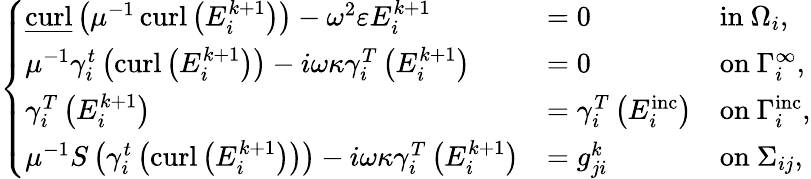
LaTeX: \begin{array}{r}{\left\{ \begin{array}{lll}{\underline{{\operatorname{curl}}}\left(\mu^{-1}\operatorname{curl}\left(E_{i}^{k+1}\right)\right)-\omega^{2}\varepsilon E_{i}^{k+1}}&{=0}&{\mathrm{in}\ \Omega_{i},}\\ {\mu^{-1}\gamma_{i}^{t}\left(\operatorname{curl}\left(E_{i}^{k+1}\right)\right)-i\omega\kappa\gamma_{i}^{T}\left(E_{i}^{k+1}\right)}&{=0}&{\mathrm{on}\ \Gamma_{i}^{\infty},}\\ {\gamma_{i}^{T}\left(E_{i}^{k+1}\right)}&{=\gamma_{i}^{T}\left(E_{i}^{\mathrm{inc}}\right)}&{\mathrm{on}\ \Gamma_{i}^{\mathrm{inc}},}\\ {\mu^{-1}S\left(\gamma_{i}^{t}\left(\operatorname{curl}\left(E_{i}^{k+1}\right)\right)\right)-i\omega\kappa\gamma_{i}^{T}\left(E_{i}^{k+1}\right)}&{=g_{ji}^{k}}&{\mathrm{on}\ \Sigma_{ij},}\end{array}\right.}\end{array}